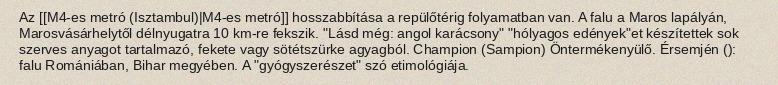
Az [[M4-es metró (Isztambul)|M4-es metró]] hosszabbítása a repülőtérig folyamatban van. A falu a Maros lapályán, Marosvásárhelytől délnyugatra 10 km-re fekszik. "Lásd még: angol karácsony" "hólyagos edények"et készítettek sok szerves anyagot tartalmazó, fekete vagy sötétszürke agyagból. Champion (Sampion) Öntermékenyülő. Érsemjén (): falu Romániában, Bihar megyében. A "gyógyszerészet" szó etimológiája.